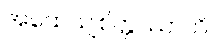
အထေယျစိတ္တဿာတိ